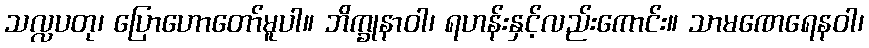
သလ္လပတု၊ ပြောဟောတော်မူပါ။ ဘိက္ခုနာဝါ၊ ရဟန်းနှင့်လည်းကောင်း။ သာမဏေရေနဝါ၊